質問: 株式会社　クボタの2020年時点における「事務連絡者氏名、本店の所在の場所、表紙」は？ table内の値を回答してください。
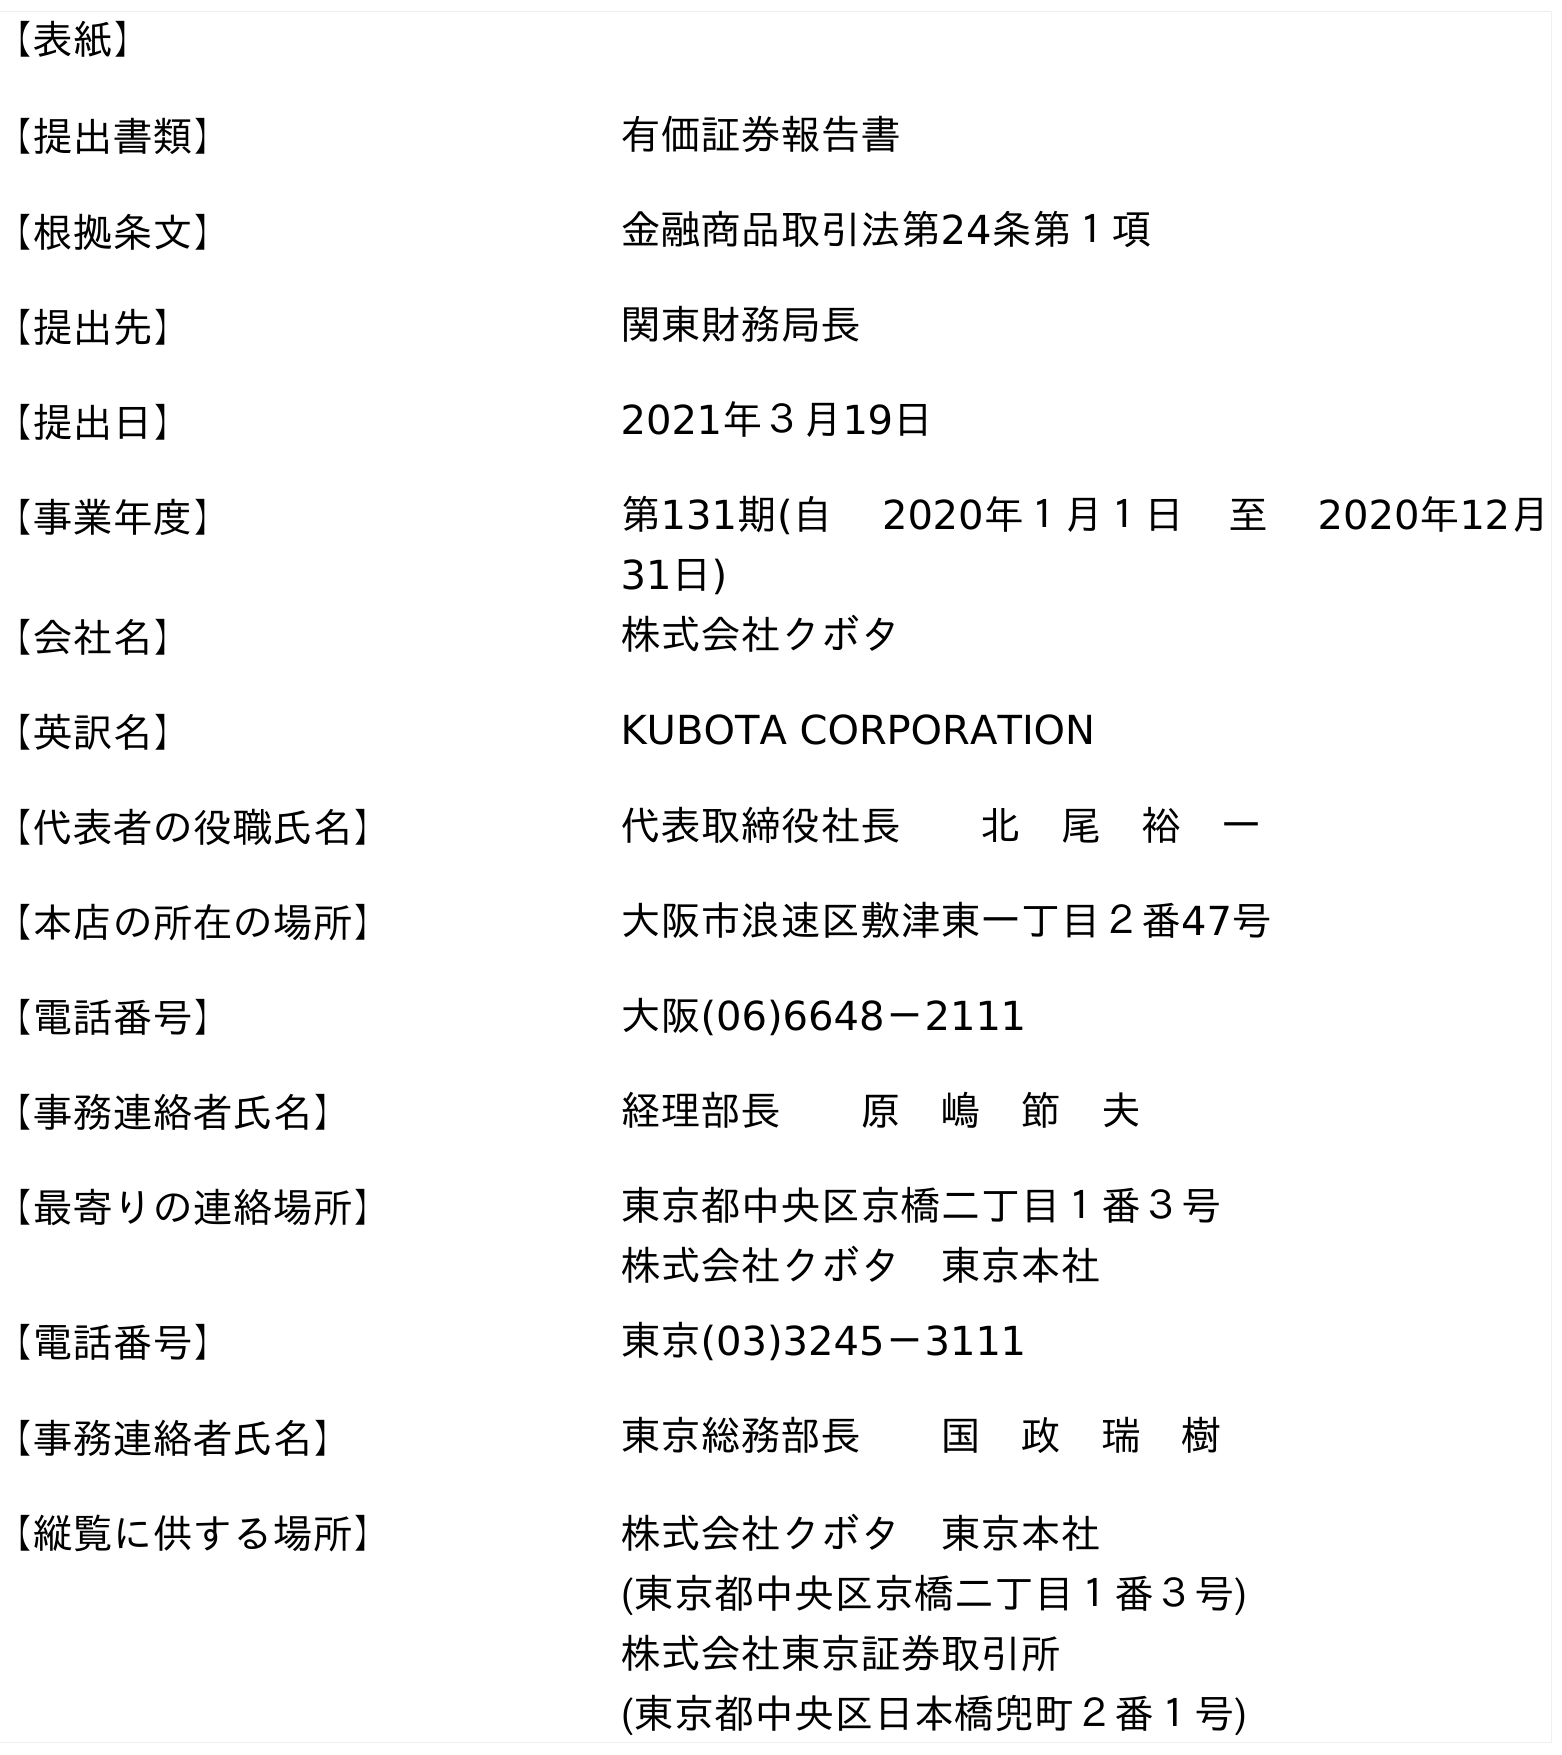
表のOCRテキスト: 【表紙】 【提出書類】 有価証券報告書 【根拠条文】 金融商品取引法第24条第１項 【提出先】 関東財務局長 【提出日】 2021年３月19日 【事業年度】 第131期(自  2020年１月１日 至  2020年12月 31日) 【会社名】 株式会社クボタ 【英訳名】 KUBOTA CORPORATION 【代表者の役職氏名】 代表取締役社長  北 尾 裕 一 【本店の所在の場所】 大阪市浪速区敷津東一丁目２番47号 【電話番号】 大阪(06)6648－2111 【事務連絡者氏名】 経理部長  原 嶋 節 夫 【最寄りの連絡場所】 東京都中央区京橋二丁目１番３号 株式会社クボタ 東京本社 【電話番号】 東京(03)3245－3111 【事務連絡者氏名】 東京総務部長  国 政 瑞 樹 【縦覧に供する場所】 株式会社クボタ 東京本社 (東京都中央区京橋二丁目１番３号) 株式会社東京証券取引所 (東京都中央区日本橋兜町２番１号)
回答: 経理部長原　嶋　節　夫